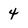
Character: 4